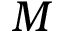
M